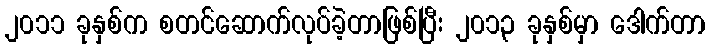
၂၀၁၁ ခုနှစ်က စတင်ဆောက်လုပ်ခဲ့တာဖြစ်ပြီး ၂၀၁၃ ခုနှစ်မှာ ဒေါက်တာ